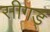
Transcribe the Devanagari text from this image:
सीगड्